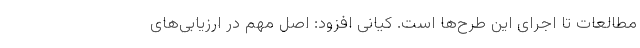
مطالعات تا اجرای این طرح‌ها است. کیانی افزود: اصل مهم در ارزیابی‌های